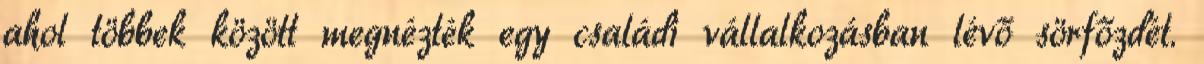
ahol többek között megnézték egy családi vállalkozásban lévő sörfőzdét.